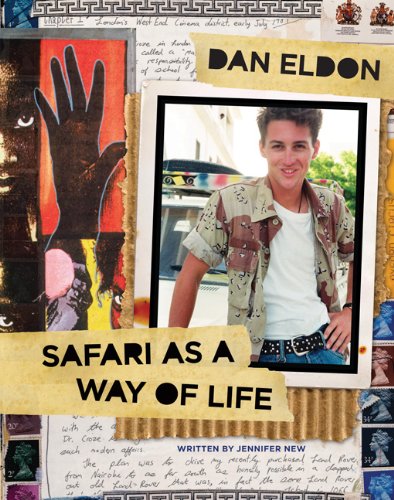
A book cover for Dan Eldon: Safari as a Way of Life; Jennifer New; Teen & Young Adult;